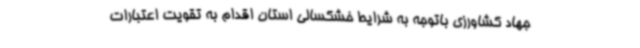
جهاد کشاورزی باتوجه به شرایط خشکسالی استان اقدام به تقویت اعتبارات